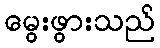
မွေးဖွားသည်